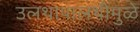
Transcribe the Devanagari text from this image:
उलथापालथीमुळे